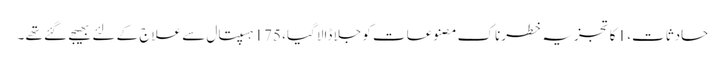
حادثات، 1 کا تجزیہ خطرناک مصنوعات کو جلا ڈالا گیا، 175 ہسپتال سے علاج کے لئے بھیجے گئے تھے ۔